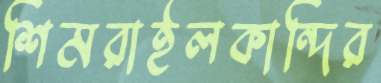
শিমরাইলকান্দির